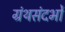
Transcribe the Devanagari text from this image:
ग्रंथसंदर्भों